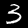
Label: 3